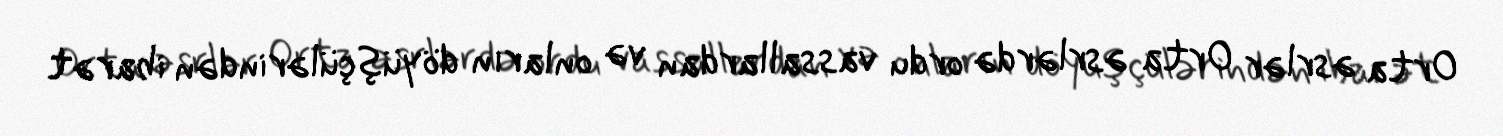
Orta əsrlər Orta əsrlərdə ordu vassallardan və onların döyüşçülərindən ibarət